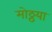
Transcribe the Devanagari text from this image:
मोठ्ठया